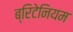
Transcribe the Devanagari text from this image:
ब्रिटेनियम